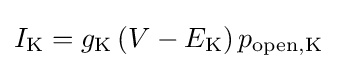
I_{\mathrm {K} }=g_{\mathrm {K} }\left(V-E_{\mathrm {K} }\right)p_{\mathrm {open,K} }